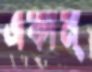
একান্